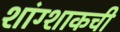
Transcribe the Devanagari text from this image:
शांग्शाकची